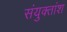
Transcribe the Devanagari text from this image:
संयुक्तांश